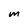
Character: M